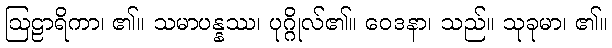
ဩဠာရိကာ၊ ၏။ သမာပန္နဿ၊ ပုဂ္ဂိုလ်၏။ ဝေဒနာ၊ သည်။ သုခုမာ၊ ၏။